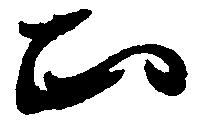
正